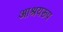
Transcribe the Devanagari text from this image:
आश्रयरूप